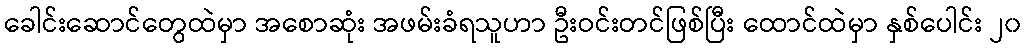
ခေါင်းဆောင်တွေထဲမှာ အစောဆုံး အဖမ်းခံရသူဟာ ဦးဝင်းတင်ဖြစ်ပြီး ထောင်ထဲမှာ နှစ်ပေါင်း ၂၀